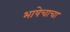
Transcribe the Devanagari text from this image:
भाषेचाचा